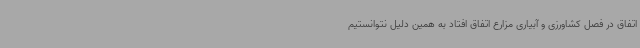
اتفاق در فصل کشاورزی و آبیاری مزارع اتفاق افتاد به همین دلیل نتوانستیم